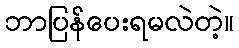
ဘာပြန်ပေးရမလဲတဲ့။